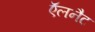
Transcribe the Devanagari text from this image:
ऍलनैट